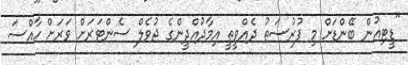
"ޑީޓިއުން ބޭންޑަށް މި ފުރުސަތު ދެއްވީތީ އިމާދުއްދީންގެ ޖުވެލް ސެންޓަރަށް ވަރަށް ހާއްސަ